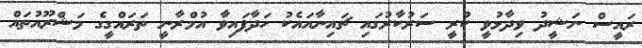
ރައީސް ނަޝީދު ވިދާޅުވީ ކުރީ ސަރުކާރުގައި ޗައިނާއައެކު ހަދާފައިވާ އުމްރާނީ ތަރައްގީގެ މަޝްރޫއުތައް